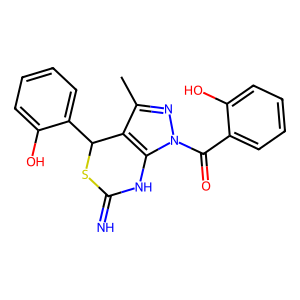
SMILES: Cc1nn(C(=O)c2ccccc2O)c2c1C(c1ccccc1O)SC(=N)N2
Inhibits HIV replication: No